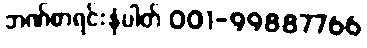
ဘဏ်စာရင်းနံပါတ် 001-99887766